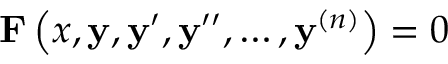
\mathbf { F } \left( x , \mathbf { y } , \mathbf { y } ^ { \prime } , \mathbf { y } ^ { \prime \prime } , \ldots , \mathbf { y } ^ { ( n ) } \right) = { \boldsymbol { 0 } }